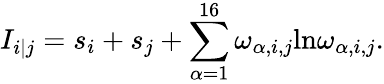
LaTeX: I_{i|j}=s_{i}+s_{j}+\sum_{\alpha=1}^{16}\omega_{\alpha,i,j}\mathrm{ln}\omega_{\alpha,i,j}.